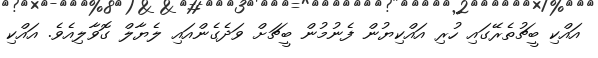
އައްކި ބީޗުތެރޭގައި ހުރި އައްކިޔުން ފެނުމުން ބީޗަށް ވަދެގެންއައި ލެޔާލް ގޮވާލިއެވެ. އައްކި